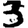
Digit: 3